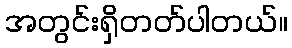
အတွင်းရှိတတ်ပါတယ်။